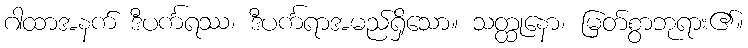
ဂါထာအနက် ဒီပင်္ကရဿ၊ ဒီပင်္ကရာအမည်ရှိသော။ သတ္ထုနော၊ မြတ်စွာဘုရား၏။